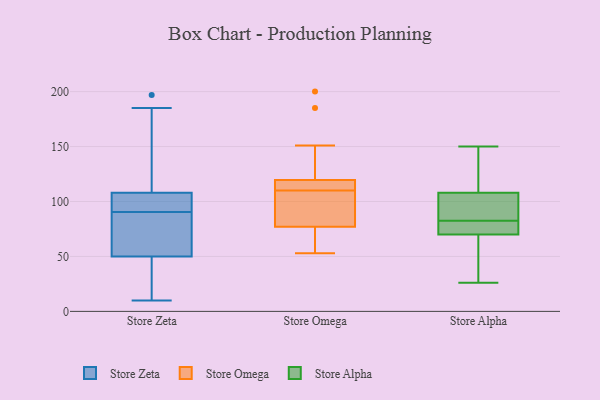
{"axis": {"x": "Gross Profit (USD K)", "y": "Value"}, "legend": ["Store Alpha", "Store Omega", "Store Zeta"], "data": [{"x": "", "y": 56, "type": "Store Zeta"}, {"x": "", "y": 135, "type": "Store Zeta"}, {"x": "", "y": 100, "type": "Store Zeta"}, {"x": "", "y": 84, "type": "Store Zeta"}, {"x": "", "y": 105, "type": "Store Zeta"}, {"x": "", "y": 197, "type": "Store Zeta"}, {"x": "", "y": 97, "type": "Store Zeta"}, {"x": "", "y": 152, "type": "Store Zeta"}, {"x": "", "y": 108, "type": "Store Zeta"}, {"x": "", "y": 61, "type": "Store Zeta"}, {"x": "", "y": 50, "type": "Store Zeta"}, {"x": "", "y": 69, "type": "Store Zeta"}, {"x": "", "y": 36, "type": "Store Zeta"}, {"x": "", "y": 44, "type": "Store Zeta"}, {"x": "", "y": 102, "type": "Store Zeta"}, {"x": "", "y": 10, "type": "Store Zeta"}, {"x": "", "y": 185, "type": "Store Zeta"}, {"x": "", "y": 44, "type": "Store Zeta"}, {"x": "", "y": 119, "type": "Store Omega"}, {"x": "", "y": 75, "type": "Store Omega"}, {"x": "", "y": 116, "type": "Store Omega"}, {"x": "", "y": 60, "type": "Store Omega"}, {"x": "", "y": 79, "type": "Store Omega"}, {"x": "", "y": 103, "type": "Store Omega"}, {"x": "", "y": 120, "type": "Store Omega"}, {"x": "", "y": 61, "type": "Store Omega"}, {"x": "", "y": 200, "type": "Store Omega"}, {"x": "", "y": 53, "type": "Store Omega"}, {"x": "", "y": 109, "type": "Store Omega"}, {"x": "", "y": 87, "type": "Store Omega"}, {"x": "", "y": 185, "type": "Store Omega"}, {"x": "", "y": 151, "type": "Store Omega"}, {"x": "", "y": 111, "type": "Store Omega"}, {"x": "", "y": 114, "type": "Store Omega"}, {"x": "", "y": 150, "type": "Store Alpha"}, {"x": "", "y": 108, "type": "Store Alpha"}, {"x": "", "y": 107, "type": "Store Alpha"}, {"x": "", "y": 70, "type": "Store Alpha"}, {"x": "", "y": 30, "type": "Store Alpha"}, {"x": "", "y": 73, "type": "Store Alpha"}, {"x": "", "y": 92, "type": "Store Alpha"}, {"x": "", "y": 26, "type": "Store Alpha"}, {"x": "", "y": 145, "type": "Store Alpha"}, {"x": "", "y": 71, "type": "Store Alpha"}]}